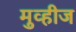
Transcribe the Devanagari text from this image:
मुव्हीज